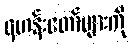
ရဟန်းတော်များကို